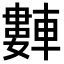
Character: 𬧻